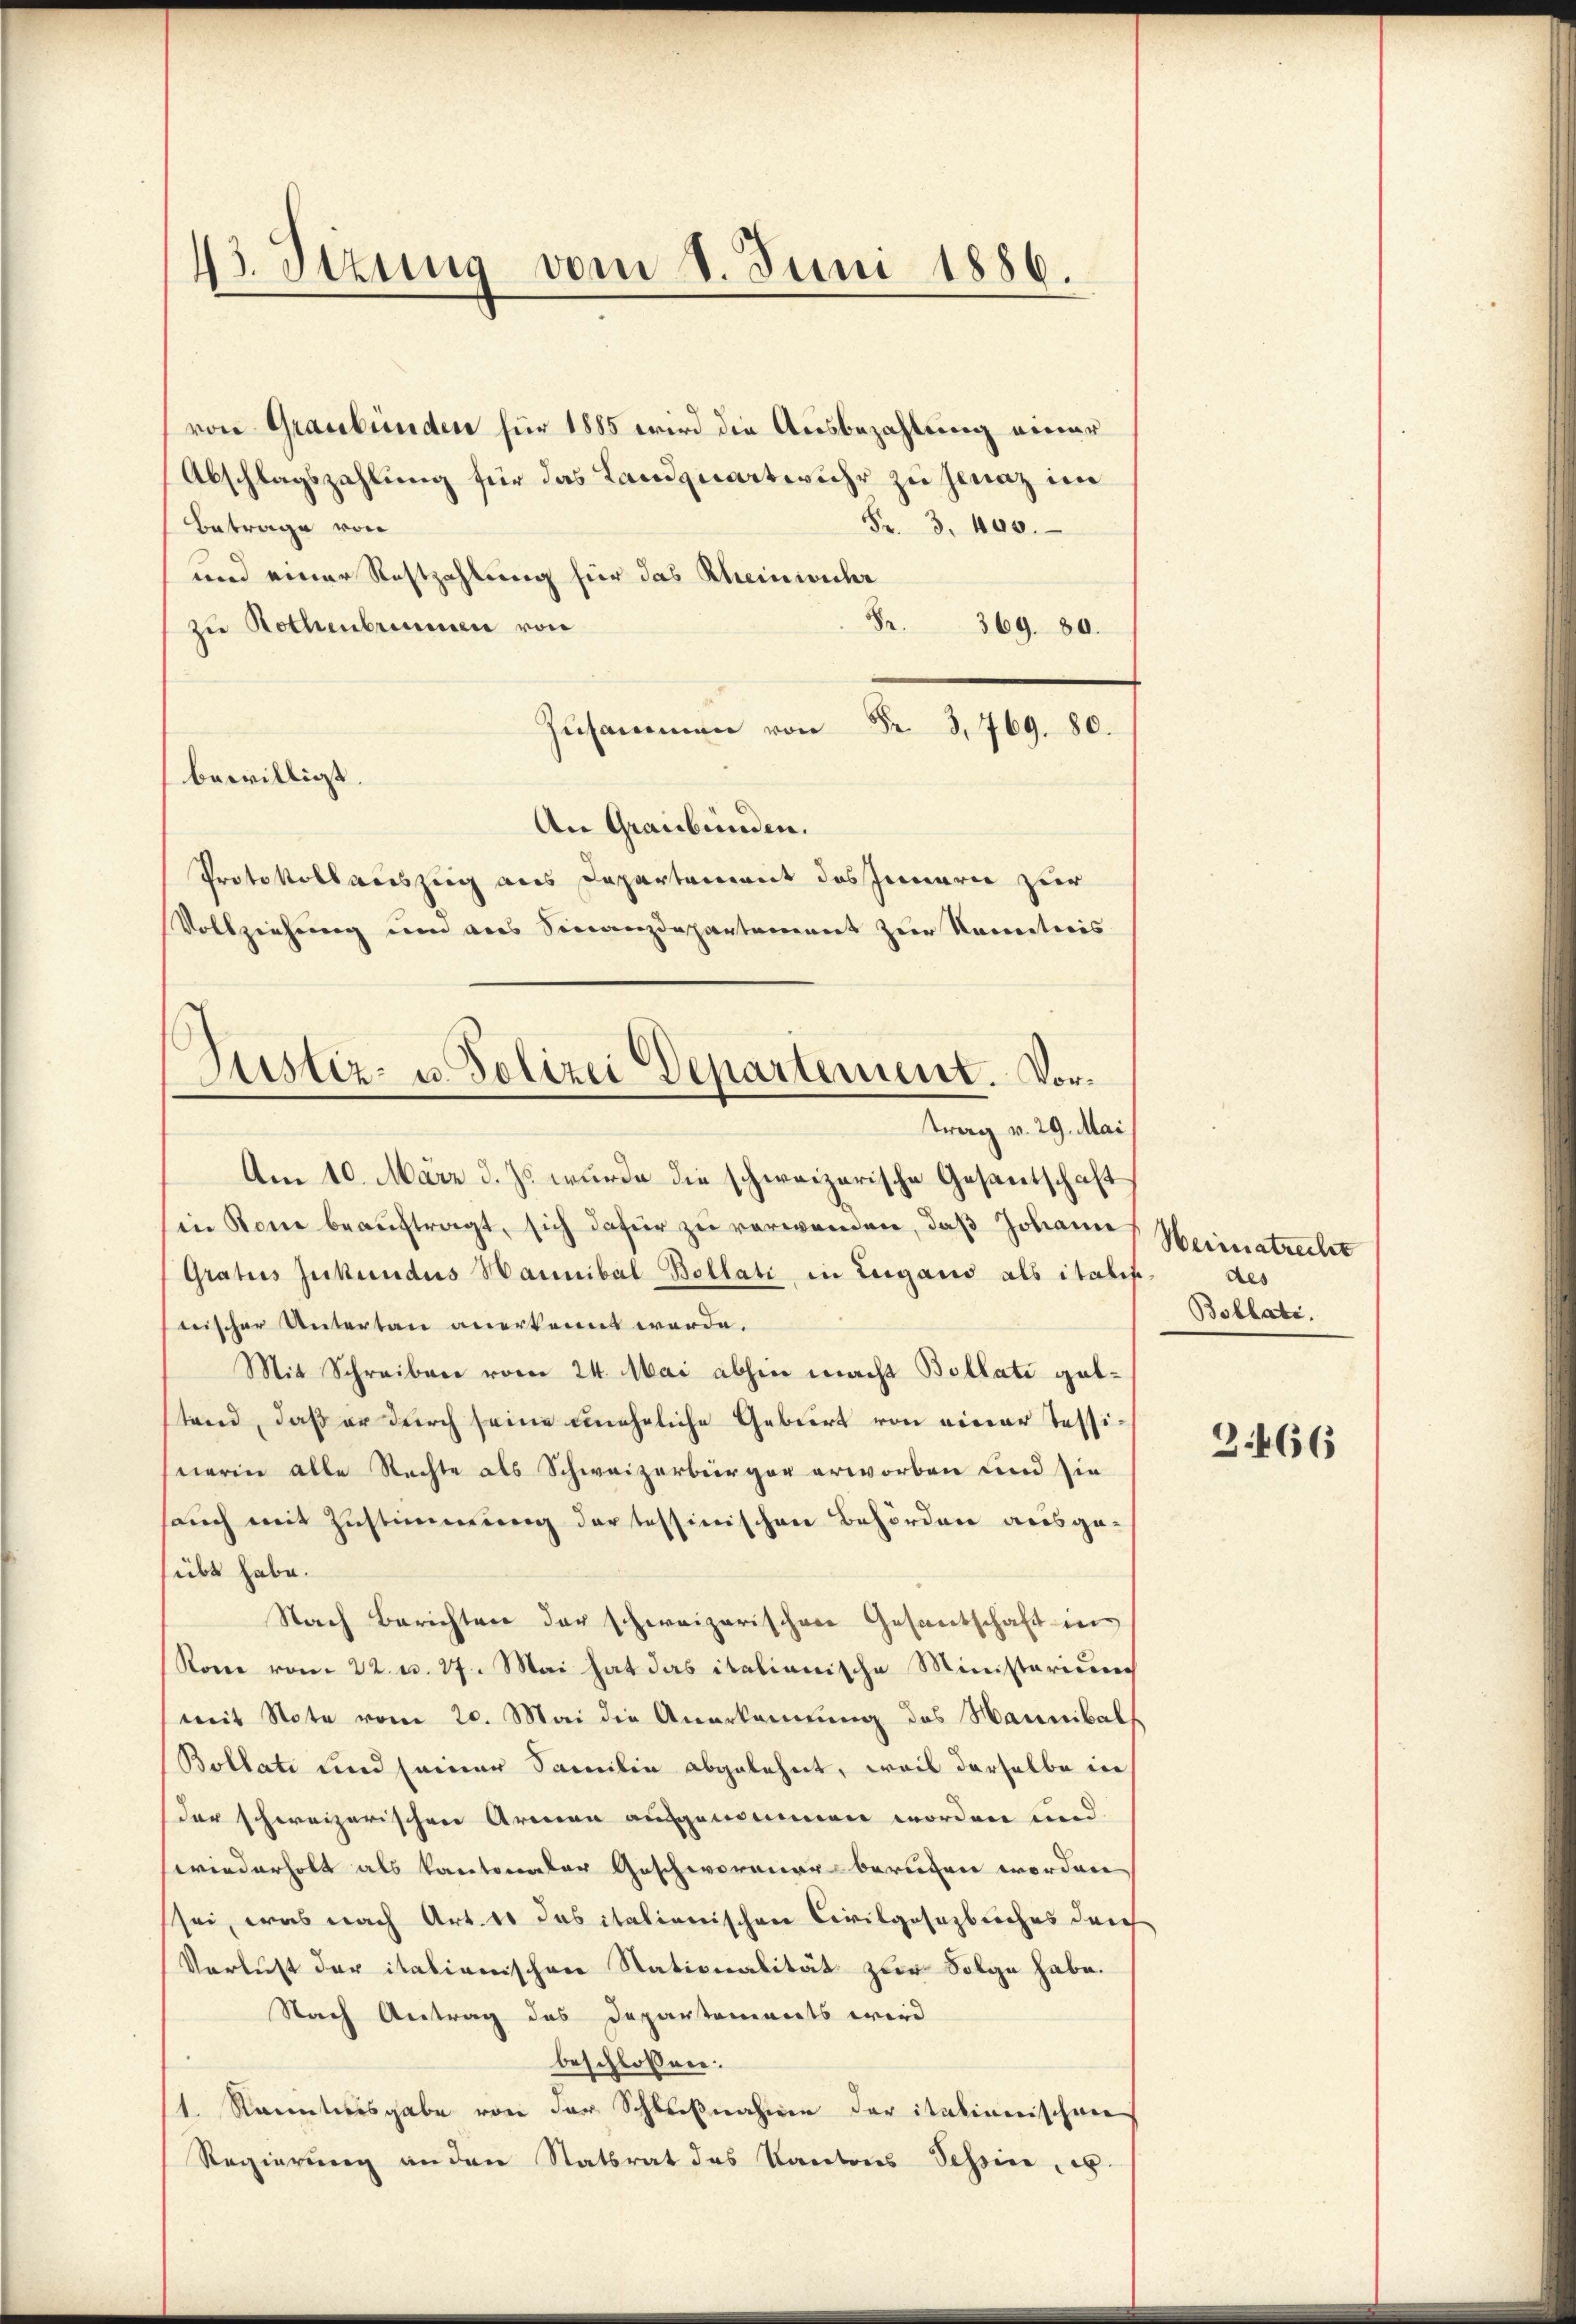
43. Setzung vom 8. Juni 1886.

Justiz- u. Polizei Departement. Vortrag v. 29. Mai

von Graubünden für 1885 wird die Ausbezahlung einer
Abschlagszahlung für das Landquartwuhr zu Jenaz im
Betrage von
Fr. 3. 400.
und einer Restzahlung für das Rheinwuhr
Fr. 369. 80.
zu Rothenbrunnen von
Zusammen von Fr. 3, 769. 80.
bewilligt.
An Graubünden.
Protokoll auszug aus Departement des Innern zur
Vollziehung und aus Sinanzdepartement zur Nameticis
Am 10. März d. Js. wurde die schweizerische Gesantschaft
in Rone beaŭftragt, sich dafür zu verwenden, daß Johann
Gratus Zukundus Hannibal Bollati in Lugano als italis
nischer Untertau anerkennt werde.
Mit Schreiben vom 24. Mai abhin macht Bollati guttend, daß er durch seine uneheliche Geburt von einer Tessi
nerin alle Rechte als Schweizerbürger erworben und sie
sauch mit Zustimmung der tessinischen Behörden ausgeübt habe.
Nach Berichten der schweizerischen Gesandschaft in
Rone vom 22. v. 27. Mai hat das italianische Ministariums
mit Note vom 20. Mai die Anerkennung des Hannibal
Bollati und seiner Samilie abgelehnt, weil derselbe die
der schweizerischen Armen ausgenommen worden und
wiederholt als kantonaler Geschworner berufen worden
sei, was nach Art. es das italienischen Civilgesetzbuches durch
Verlust der italienischen Stationalität zur Folge habe.
Nach Antrag das Departements wird
beschlossen:
1. Kanntnisgabe von der Schließnahmen der italienischene
Regierung an den Statsrat des Kantons Schein, es

Weimatrecht
des
Bollati.

3466